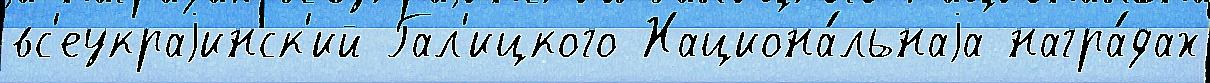
вс'еукраjинск'ий Гал'ицкого Национа́льнаjа награ́дах